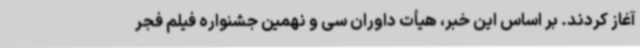
آغاز کردند. بر اساس این خبر، هیأت داوران سی و نهمین جشنواره فیلم فجر